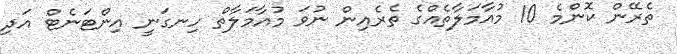
ތެރޭން ކޮންމެ 10 މުއާމަލާތެއްގެ ތެރެއިން ނުވަ މުއާމަލާތް ހިނގަނީ އިންޓަނެޓް އަދި